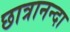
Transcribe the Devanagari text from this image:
छात्रानन्दा